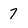
Character: 7